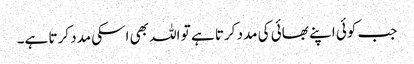
جب کوئی اپنے بھائی کی مدد کرتا ہے تو اللہ بھی اسکی مدد کرتا ہے۔